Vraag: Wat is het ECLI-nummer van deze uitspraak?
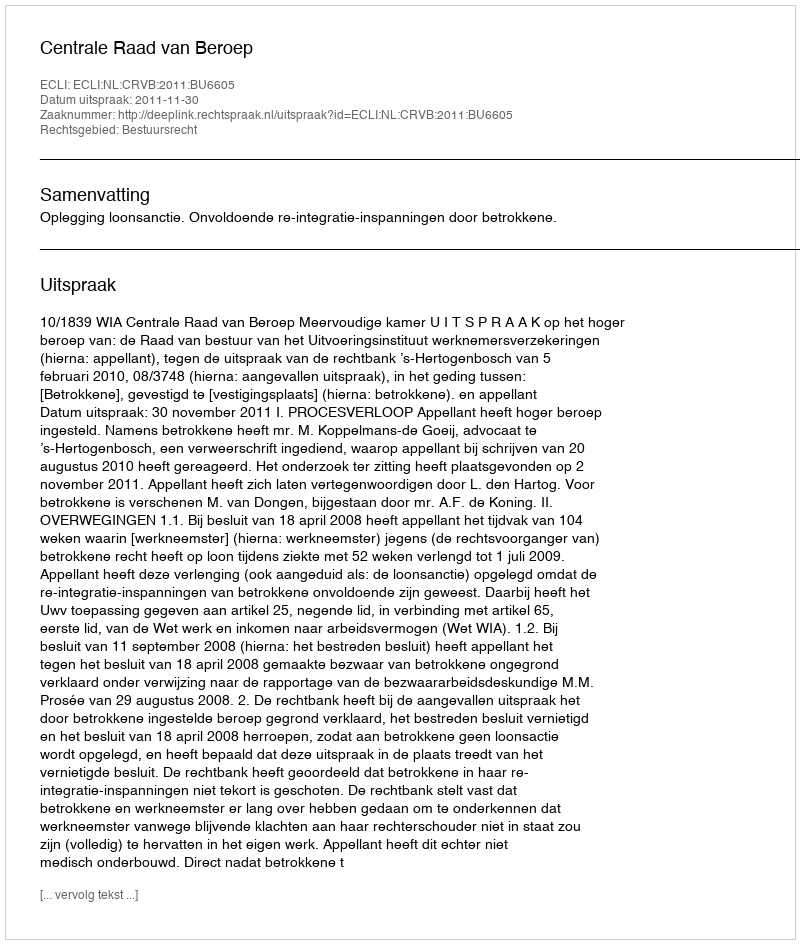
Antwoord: ECLI:NL:CRVB:2011:BU6605